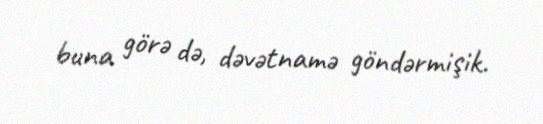
buna görə də, dəvətnamə göndərmişik.